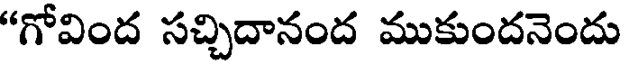
"గోవింద సచ్చిదానంద ముకుందనెందు